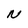
Character: N